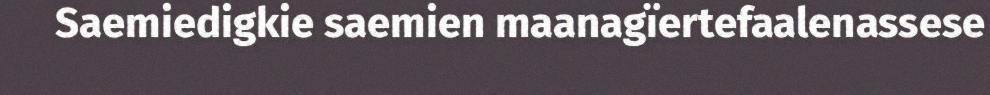
Saemiedigkie saemien maanagïertefaalenassese